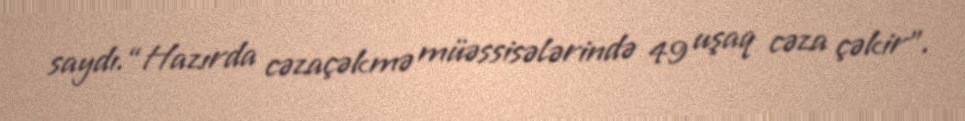
saydı.“Hazırda cəzaçəkmə müəssisələrində 49 uşaq cəza çəkir”.